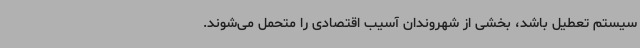
سیستم تعطیل باشد، بخشی از شهروندان آسیب اقتصادی را متحمل می‌شوند.